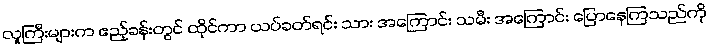
လူကြီးများက ဧည့်ခန်းတွင် ထိုင်ကာ ယပ်ခတ်ရင်း သား အကြောင်း သမီး အကြောင်း ပြောနေကြသည်ကို